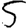
Digit: 5